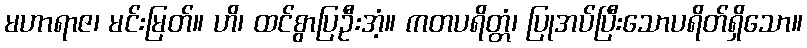
မဟာရာဇ၊ မင်းမြတ်။ ဟိ၊ ထင်စွာပြဦးအံ့။ ကတပရိတ္တံ၊ ပြုအပ်ပြီးသောပရိတ်ရှိသော။